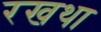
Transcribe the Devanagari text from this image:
रखथा